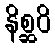
နိစ္ဆဝိ